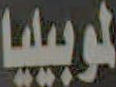
لموبيليا